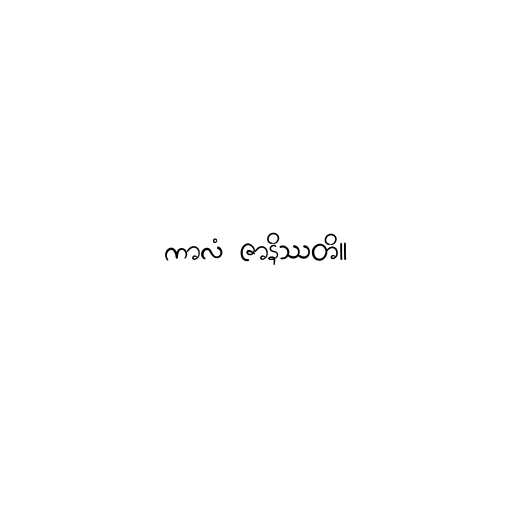
ကာလံ ဇာနိဿတိ။